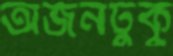
অর্জনটুকু